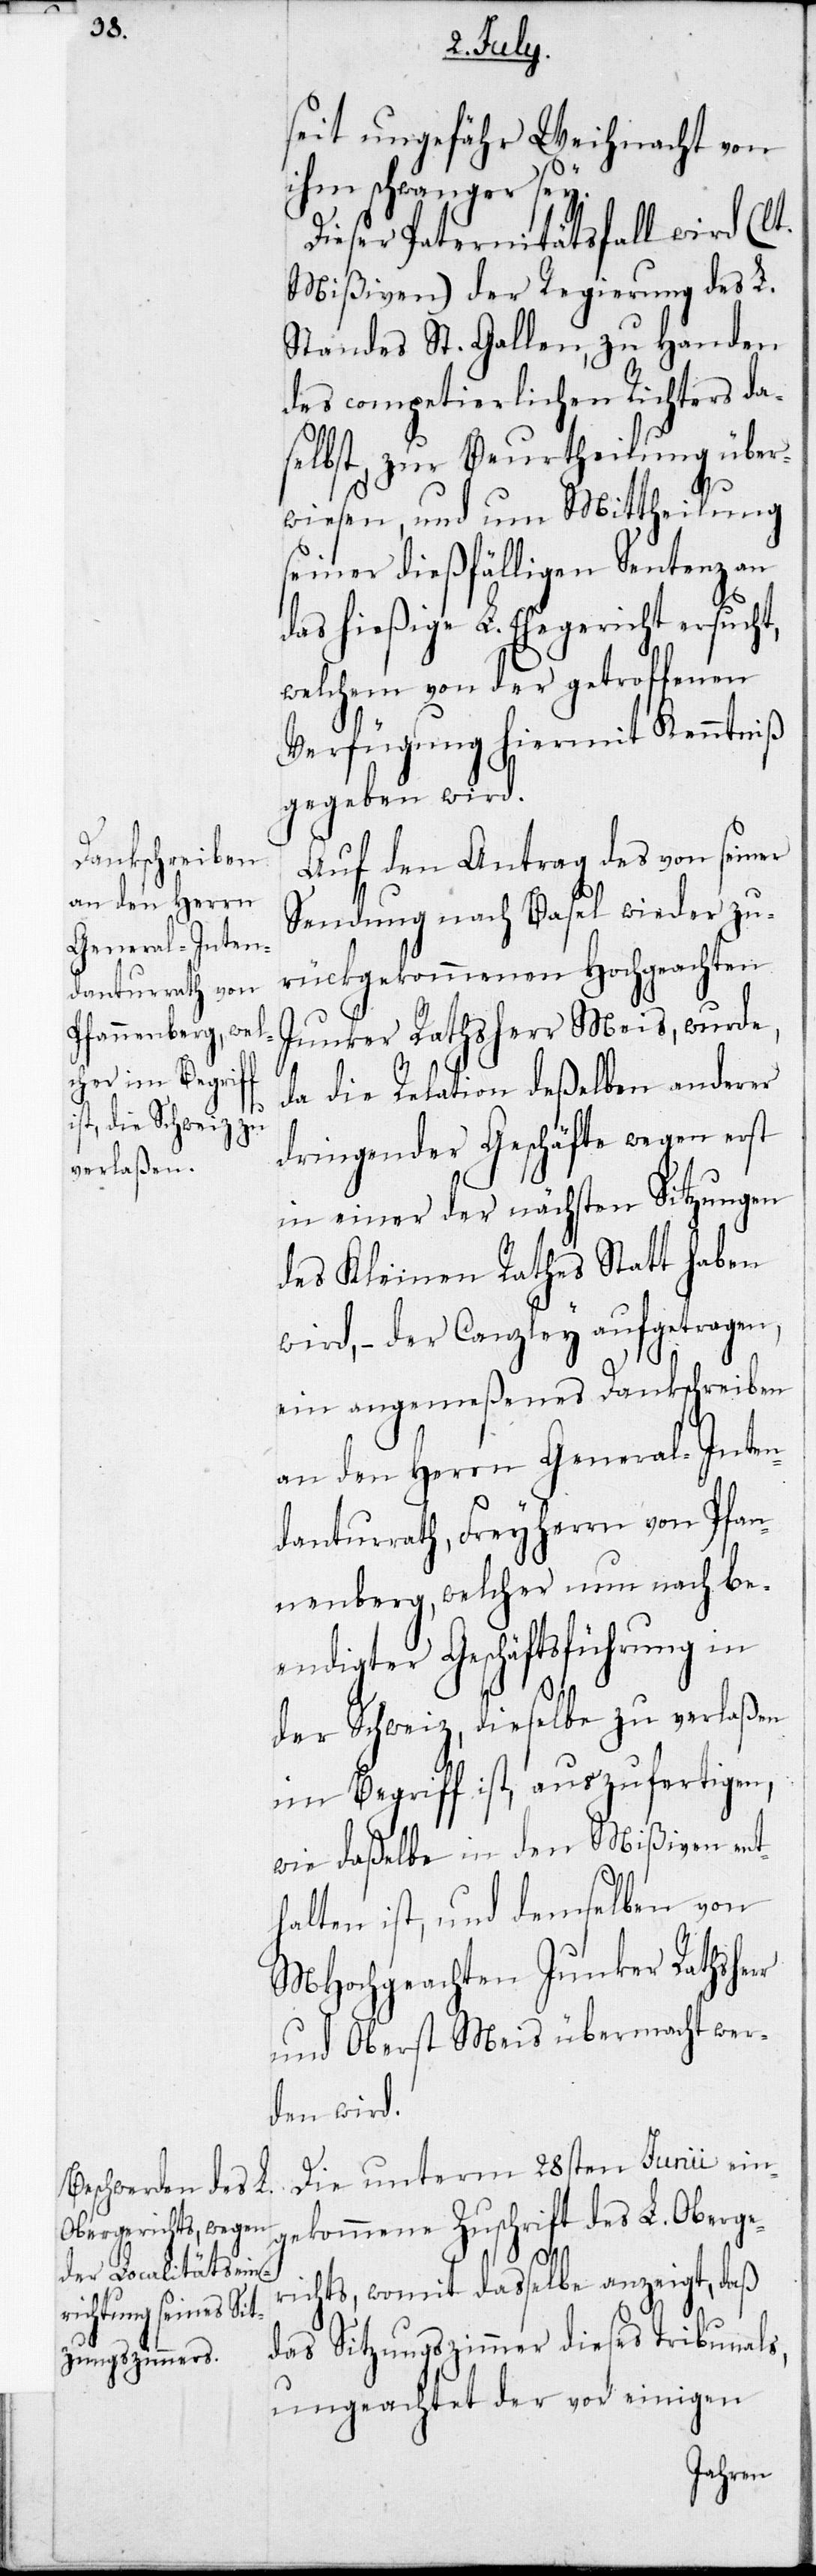
an den Herrn
General-Inten¬

seit ungefähr Weihnacht von
ihm schwanger sey.
Dieser Paternitätsfall wird (lt.
Mißiven) der Regierung des L.
Standes St. Gallen, zu Handen
des competierlichen Richters da¬
selbst, zur Beurtheilung über¬
wiesen, und um Mittheilung
seiner dießfälligen Sentenz an
das hießige L. Ehegericht ersucht,
welchem von der getroffenen
Verfügung hiermit Kenntniß
gegeben wird.
Auf den Antrag des von seiner
Sendung nach Basel wieder zu¬
rückgekommenen Hochgeachten
Junker Rathsherr Meis, wurde,
da die Relation deßelben anderer
dringender Geschäfte wegen erst
in einer der nächsten Sitzungen
des Kleinen Rathes Statt haben
wird, – der Canzley aufgetragen,
ein angemeßenes Dankschreiben
danturrath, Freyherrn von Pfan¬
nenberg, welcher nun nach be¬
endigter Geschäftsführung in
der Schweiz, dieselbe zu verlaßen
im Begriff ist, auszufertigen,
wie daßelbe in den Mißiven ent¬
halten ist, und demselben von
MHochgeachten Junker Rathsherr
und Oberst Meis übermacht wer¬
den wird.
Die unterm 28sten Junii ein¬
gekommene Zuschrift des L. Oberger¬
ichts, womit daßelbe anzeigt, daß
das Sitzungszimmer dieses Tribunals,
ungeachtet der vor einigen